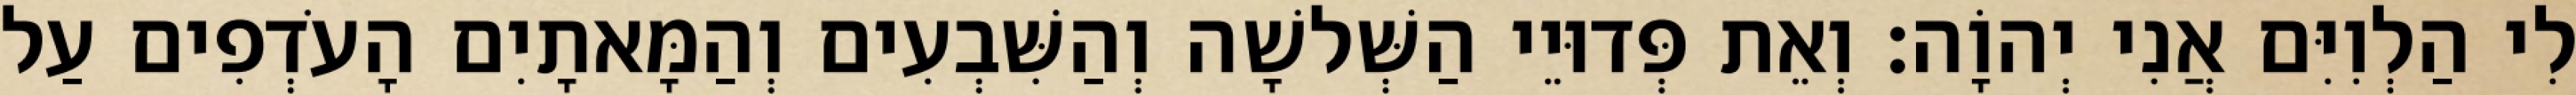
לִי הַלְוִיִּם אֲנִי יְהוָֹה׃ וְאֵת פְּדוּיֵי הַשְּׁלשָׁה וְהַשִּׁבְעִים וְהַמָּאתָיִם הָעֹדְפִים עַל